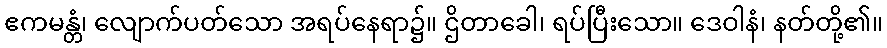
ဧကမန္တံ၊ လျောက်ပတ်သော အရပ်နေရာ၌။ ဌိတာခေါ၊ ရပ်ပြီးသော။ ဒေဝါနံ၊ နတ်တို့၏။